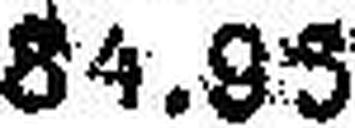
84.95